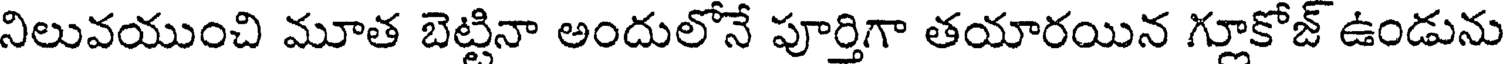
నిలువయుంచి మూత బెట్లినా అందులోనే పూర్తిగా తయారయిన గ్లూకోజ్ ఉండును